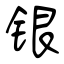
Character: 银